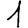
Digit: 1